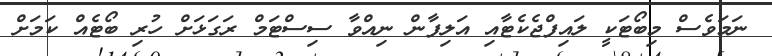
ނަމަވެސް މިބޯޓަކީ ލައިފްޖެކެޓާއި އަލިފާން ނިއްވާ ސިސްޓަމް ރަގަޅަށް ހުރި ބޯޓެއް ކަމަށް